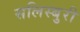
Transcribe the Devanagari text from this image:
सलिस्बुरी